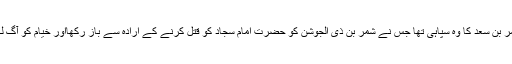
یہ روز عاشورا عمر بن سعد کا وہ سپاہی تھا جس نے شمر بن ذی الجوشن کو حضرت امام سجاد کو قتل کرنے کے ارادہ سے باز رکھااور خیام کو آگ لگانے میں آڑے آیا۔